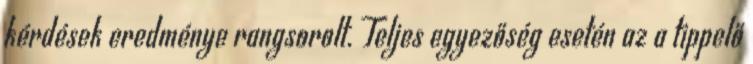
kérdések eredménye rangsorolt. Teljes egyezőség esetén az a tippelő